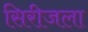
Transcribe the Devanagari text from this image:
सिरीजला